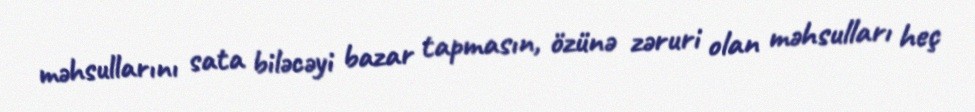
məhsullarını sata biləcəyi bazar tapmasın, özünə zəruri olan məhsulları heç